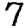
Digit: 7